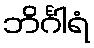
ဘိင်္ဂါရံ